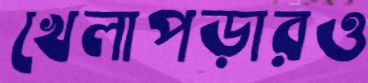
খেলাপড়ারও